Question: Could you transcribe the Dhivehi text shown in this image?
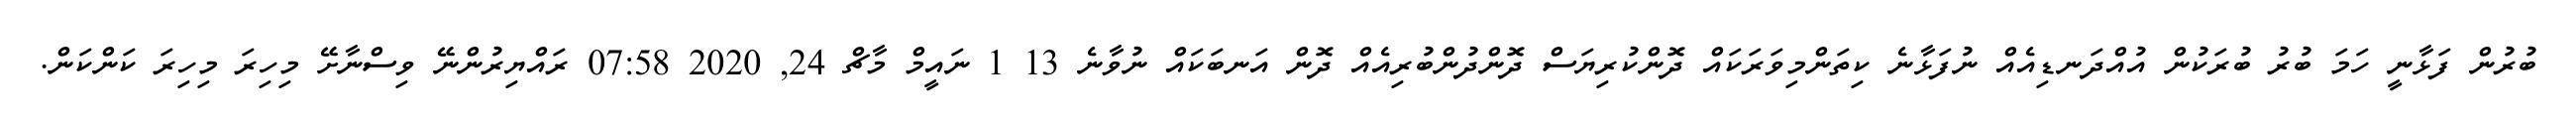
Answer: ބުރުން ފަޅާނީ ހަމަ ބުރު ބުރަކުން އުއްދަނޑިއެއް ނުފަޅާނެ ކިތަންމިވަރަކައް ދޮންކުރިޔަސް ދޮންދުންބުރިއެއް ދޮން އަނބަކައް ނުވާނެ 13 1 ނައީމް މާޗް 24, 2020 07:58 ރައްޔިރުންނޭ ވިސްނާށޭ މިހިރަ މިހިރަ ކަންކަން.